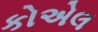
કોએલ